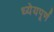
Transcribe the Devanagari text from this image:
ध्येयपूर्ण